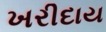
ખરીદાય